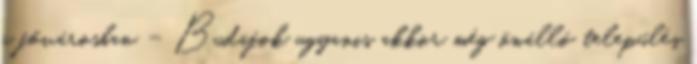
a fővárosban – Budafok ugyanis akkor még önálló település